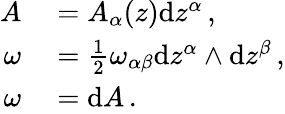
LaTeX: \begin{array}{rl}{A}&{{}=A_{\alpha}(z)\mathrm{d}z^{\alpha}\, ,}\\ {\omega}&{{}=\frac{1}{2}\omega_{\alpha\beta}\mathrm{d}z^{\alpha}\wedge\mathrm{d}z^{\beta}\, ,}\\ {\omega}&{{}=\mathrm{d}A\, .}\end{array}